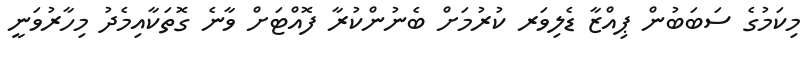
މިކަމުގެ ސަބަބުން ޕިއްޒާ ޑެލިވަރ ކުރުމަށް ބެނުންކުރާ ފޮއްޓަށް ވާނެ ގޮތަކާއިމެދު މިހާރުވަނީ